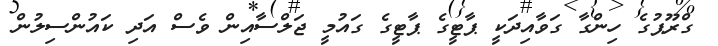
ގްރޫޕުގެ ހިންގާ ގަވާއިދަކީ ޕާޓީގެ ޕާޓީގެ ގައުމީ ޖަލްސާއިން ވެސް އަދި ކައުންސިލުން